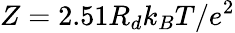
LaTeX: Z=2.51R_{d}k_{B}T/e^{2}